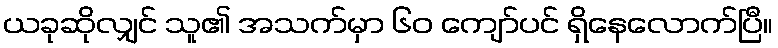
ယခုဆိုလျှင် သူ၏ အသက်မှာ ၆၀ ကျော်ပင် ရှိနေလောက်ပြီ။